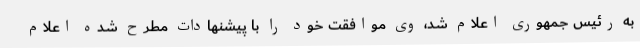
به رئیس جمهوری اعلام شد، وی موافقت خود را با پیشنهادات مطرح شده اعلام